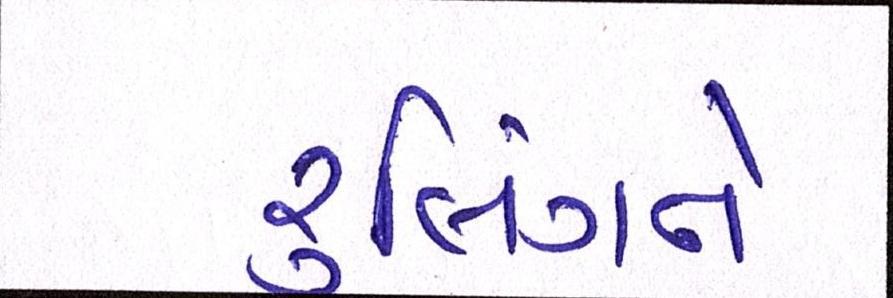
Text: રૃલિંગને